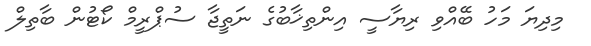
މިދިޔަ މަހު ބޭއްވި ރިޔާސީ އިންތިޚާބުގެ ނަތީޖާ ސުޕްރީމް ކޯޓުން ބާތިލް